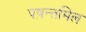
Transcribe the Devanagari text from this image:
पष़न्तमिल